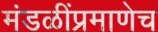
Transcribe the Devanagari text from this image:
मंडळींप्रमाणेच